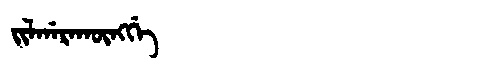
Manchu: ᠵᡳᠯᡤᠠᡵᠠᡴᡡᠩᡤᡝ
Romanization: JILGARAKŪNGGE